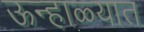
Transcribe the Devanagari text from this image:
ऊन्हाळ्यात